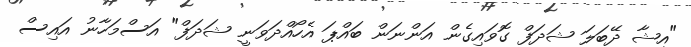
"އީޝާ ދޭބަލަ ޝަދަފް ގޮވައިގެން އަންނަން ބައްޕަ އެހޯއްދަވަނީ ޝަދަފް" އަސްމަހާނު އައިސް